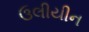
ઉલીયીન